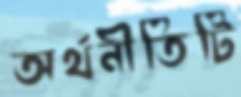
অর্থনীতিটি